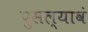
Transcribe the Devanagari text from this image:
पुसल्यावं